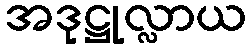
အဒုဋ္ဌုလ္လာယ